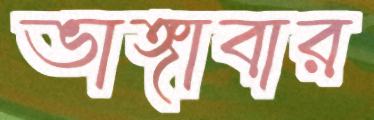
ভাঙ্গাবার